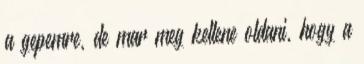
a gepemre, de mar meg kellene oldani, hogy a